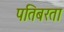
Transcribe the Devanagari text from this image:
पतिबरता